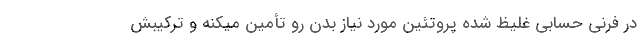
در فرنی حسابی غلیظ شده پروتئین مورد نیاز بدن رو تأمین میکنه و ترکیبش